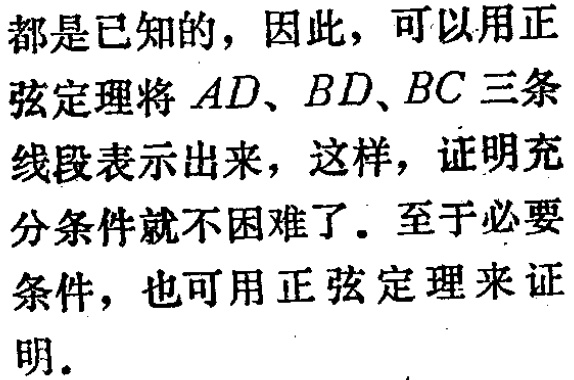
都是已知的，因此，可以用正
弦定理将 \(AD、BD、BC\) 三条
线段表示出来，这样，证明充
分条件就不困难了。至于必要
条件，也可用正弦定理来证
明。